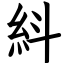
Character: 紏